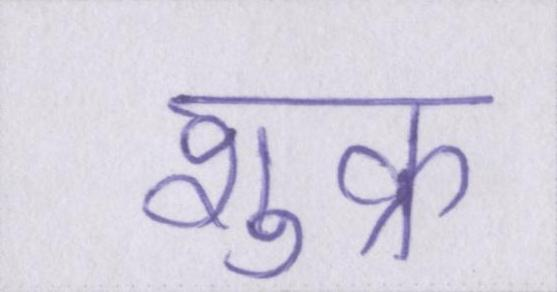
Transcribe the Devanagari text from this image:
शुक्र